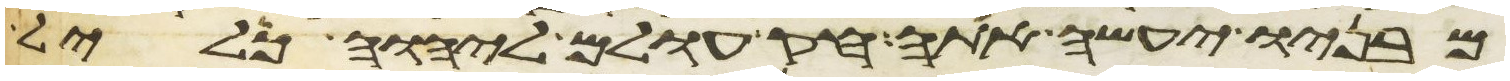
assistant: מבניו יעשה אתה חק עולם ליהוה כליל